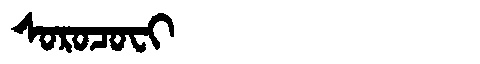
Manchu: ᠰᠣᡵᠣᠴᠣᠸᡳ
Romanization: SOROCOFI